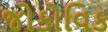
જોકોવિક